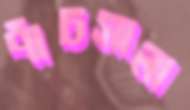
পাঁচসালা